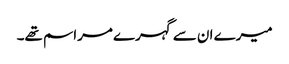
میرے ان سے گہرے مراسم تھے۔